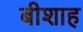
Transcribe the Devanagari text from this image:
बीशाह